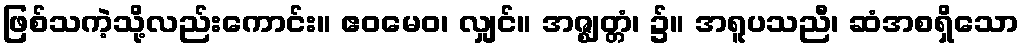
ဖြစ်သကဲ့သို့လည်းကောင်း။ ဧဝမေဝ၊ လျှင်။ အဇ္ဈတ္တံ၊ ၌။ အရူပသညီ၊ ဆံအစရှိသော